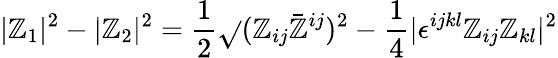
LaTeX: |\mathbb{Z}_{1}|^{2}-|\mathbb{Z}_{2}|^{2}={\frac{{1}}{{2}}}\sqrt{}{{(\mathbb{Z}_{ij}\bar{{\mathbb{Z}}}^{ij})^{2}-{\frac{{1}}{{4}}}|\epsilon^{ijkl}\mathbb{Z}_{ij}\mathbb{Z}_{kl}|^{2}}}